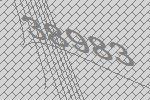
38983